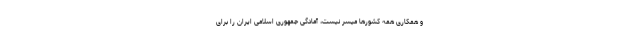
و همکاری همه کشورها میسر نیست، آمادگی جمهوری اسلامی ایران را برای